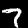
Digit: 7